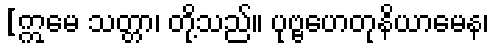
[ဣမေ သတ္တာ၊ တို့သည်။ ပုဗ္ဗဟေတုနိယာမေန၊